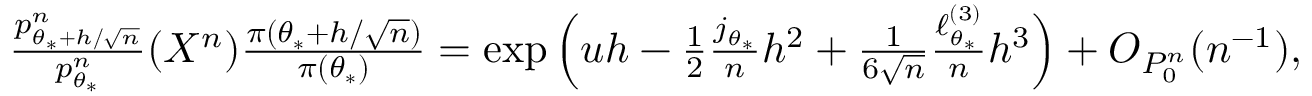
\begin{array} { r } { \quad \frac { p _ { \theta _ { * } + h / \sqrt { n } } ^ { n } } { p _ { \theta _ { * } } ^ { n } } ( X ^ { n } ) \frac { \pi ( \theta _ { * } + h / \sqrt { n } ) } { \pi ( \theta _ { * } ) } = \exp \Big ( u h - \frac { 1 } { 2 } \frac { j _ { \theta _ { * } } } { n } h ^ { 2 } + \frac { 1 } { 6 \sqrt { n } } \frac { \ell _ { \theta _ { * } } ^ { ( 3 ) } } { n } h ^ { 3 } \Big ) + O _ { P _ { 0 } ^ { n } } ( n ^ { - 1 } ) , } \end{array}